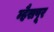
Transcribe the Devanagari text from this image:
म्हैसपूर